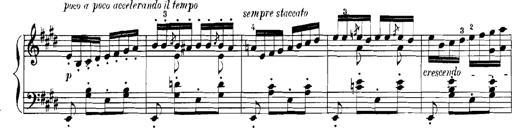
Title: Rhapsodies hongroises
Composer: Franz Liszt